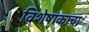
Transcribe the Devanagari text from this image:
विशेषांकाचा